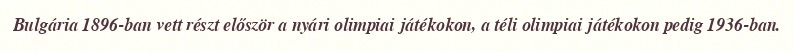
Bulgária 1896-ban vett részt először a nyári olimpiai játékokon, a téli olimpiai játékokon pedig 1936-ban.